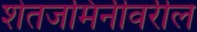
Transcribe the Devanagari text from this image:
शेतजमिनीवरील